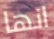
انها